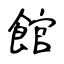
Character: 館